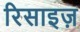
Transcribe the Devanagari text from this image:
रिसाइज़